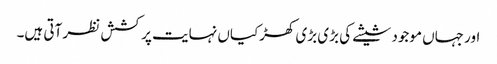
اور جہاں موجود شیشے کی بڑی بڑی کھڑکیاں نہایت پرکشش نظر آتی ہیں۔